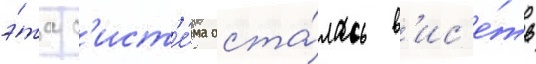
э́та с'ист'е́ма оста́лась в'ис'е́ть